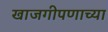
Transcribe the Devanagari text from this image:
खाजगीपणाच्या